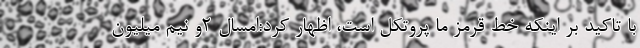
با تاکید بر اینکه خط قرمز ما پروتکل است، اظهار کرد:امسال ۲و نیم میلیون